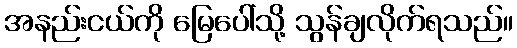
အနည်းငယ်ကို မြေပေါ်သို့ သွန်ချလိုက်ရသည်။